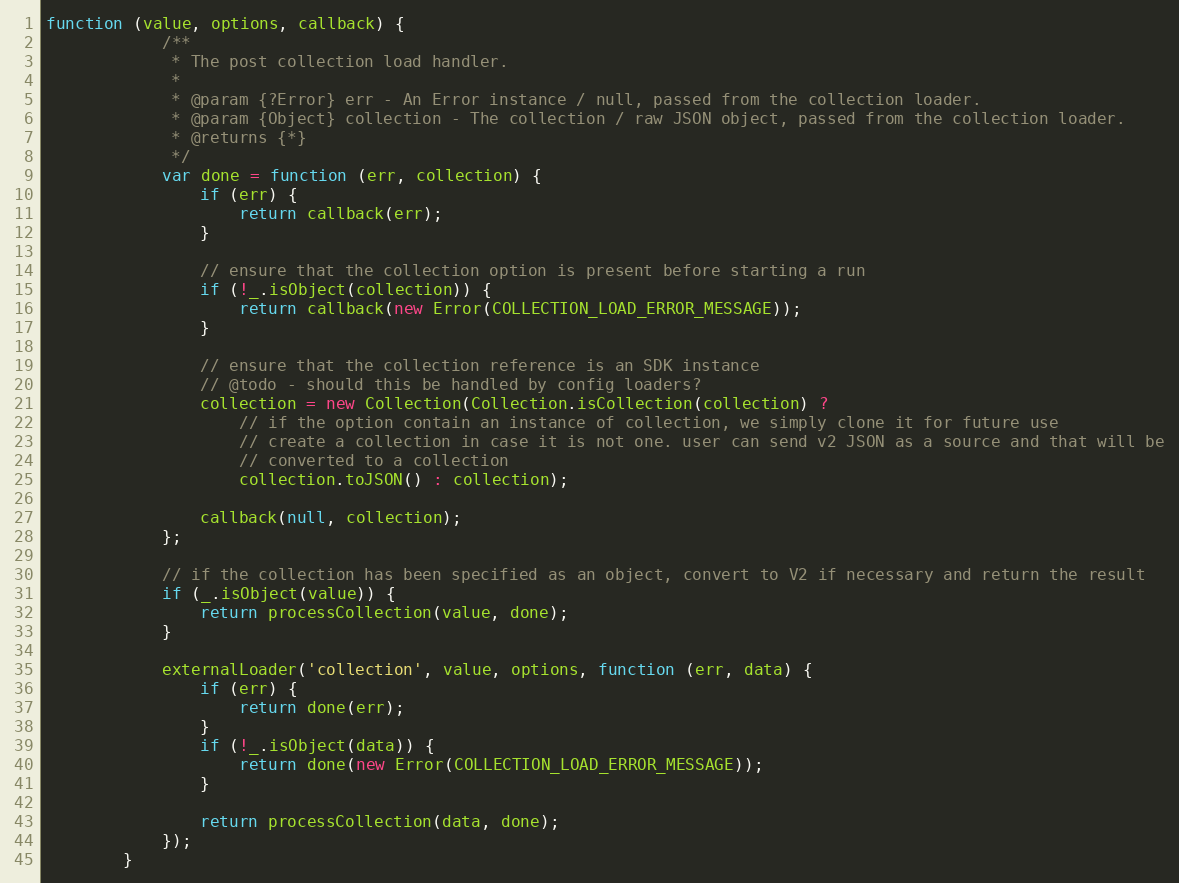
Language: JavaScript
function (value, options, callback) {
            /**
             * The post collection load handler.
             *
             * @param {?Error} err - An Error instance / null, passed from the collection loader.
             * @param {Object} collection - The collection / raw JSON object, passed from the collection loader.
             * @returns {*}
             */
            var done = function (err, collection) {
                if (err) {
                    return callback(err);
                }

                // ensure that the collection option is present before starting a run
                if (!_.isObject(collection)) {
                    return callback(new Error(COLLECTION_LOAD_ERROR_MESSAGE));
                }

                // ensure that the collection reference is an SDK instance
                // @todo - should this be handled by config loaders?
                collection = new Collection(Collection.isCollection(collection) ?
                    // if the option contain an instance of collection, we simply clone it for future use
                    // create a collection in case it is not one. user can send v2 JSON as a source and that will be
                    // converted to a collection
                    collection.toJSON() : collection);

                callback(null, collection);
            };

            // if the collection has been specified as an object, convert to V2 if necessary and return the result
            if (_.isObject(value)) {
                return processCollection(value, done);
            }

            externalLoader('collection', value, options, function (err, data) {
                if (err) {
                    return done(err);
                }
                if (!_.isObject(data)) {
                    return done(new Error(COLLECTION_LOAD_ERROR_MESSAGE));
                }

                return processCollection(data, done);
            });
        }